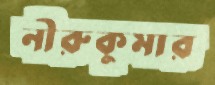
নীরুকুমার